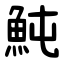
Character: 魨